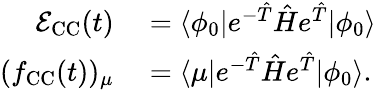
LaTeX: \begin{array}{rl}{\mathcal{E}_{\mathrm{CC}}(t)}&{{}=\langle\phi_{0}\vert e^{-\hat{T}}\hat{H}e^{\hat{T}}\vert\phi_{0}\rangle}\\ {(f_{\mathrm{CC}}(t))_{\mu}}&{{}=\langle\mu\vert e^{-\hat{T}}\hat{H}e^{\hat{T}}\vert\phi_{0}\rangle.}\end{array}